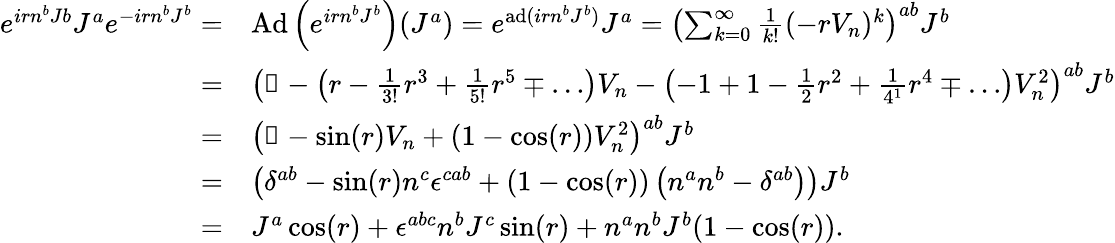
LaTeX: \begin{array}{rl}{e^{irn^{b}Jb}J^{a}e^{-irn^{b}J^{b}}=}&{\operatorname{Ad}\left(e^{irn^{b}J^{b}}\right)(J^{a})=e^{\operatorname{ad}(irn^{b}J^{b})}J^{a}=\left(\sum_{k=0}^{\infty}\frac{1}{k!}(-rV_{n})^{k}\right)^{ab}J^{b}}\\ {=}&{\left(\mathbb{1}-\left(r-\frac{1}{3!}r^{3}+\frac{1}{5!}r^{5}\mp\ldots\right)V_{n}-\left(-1+1-\frac{1}{2}r^{2}+\frac{1}{4^{1}}r^{4}\mp\ldots\right)V_{n}^{2}\right)^{ab}J^{b}}\\ {=}&{\left(\mathbb{1}-\sin(r)V_{n}+(1-\cos(r))V_{n}^{2}\right)^{ab}J^{b}}\\ {=}&{\left(\delta^{ab}-\sin(r)n^{c}\epsilon^{cab}+(1-\cos(r))\left(n^{a}n^{b}-\delta^{ab}\right)\right)J^{b}}\\ {=}&{J^{a}\cos(r)+\epsilon^{abc}n^{b}J^{c}\sin(r)+n^{a}n^{b}J^{b}(1-\cos(r)).}\end{array}